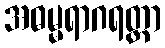
အဓမ္မရာဂရတ္တာ